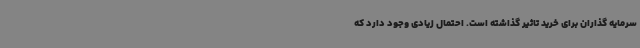
سرمایه گذاران برای خرید تاثیر گذاشته است. احتمال زیادی وجود دارد که